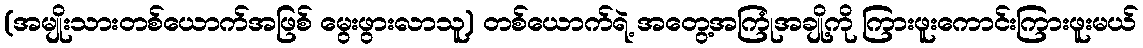
(အမျိုးသားတစ်ယောက်အဖြစ် မွေးဖွားလာသူ) တစ်ယောက်ရဲ့ အတွေ့အကြုံအချို့ကို ကြားဖူးကောင်းကြားဖူးမယ်